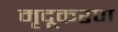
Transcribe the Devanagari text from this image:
मृदूकरण